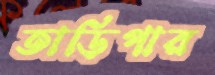
তাড়িপার